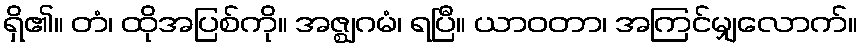
ရှိ၏။ တံ၊ ထိုအပြစ်ကို။ အဇ္ဈဂမံ၊ ရပြီ။ ယာဝတာ၊ အကြင်မျှလောက်။